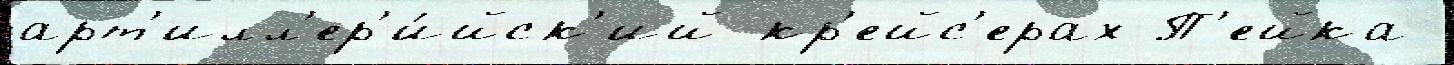
арт'илл'ер'и́йск'ий кр'ейс'ерах П'ейка